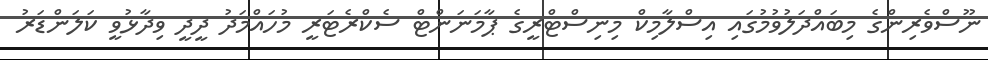
ނޫސްވެރިންގެ މިބައްދަލުވުމުގައި އިސްލާމިކް މިނިސްޓްރީގެ ޕާމަނަންޓް ސެކްރެޓަރީ މުހައްމަދު ދީދީ ވިދާޅުވީ ކަލަންޑަރު